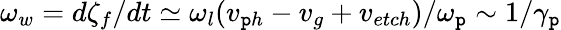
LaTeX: \omega_{w}=d\zeta_{f}/dt\simeq\omega_{l}(v_{\mathtt{p}h}-v_{g}+v_{etch})/\omega_{\mathtt{p}}\sim1/\gamma_{\mathtt{p}}